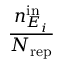
\frac { n _ { E _ { i } } ^ { \mathrm { i n } } } { N _ { \mathrm { r e p } } }